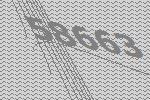
58663